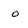
Character: o